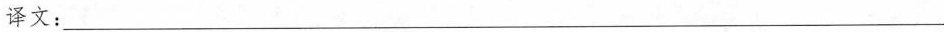
译文：___